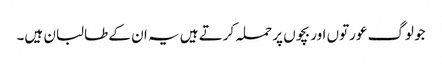
جو لوگ عورتوں اور بچوں پر حملہ کرتے ہیں یہ ان کے طالبان ہیں۔